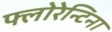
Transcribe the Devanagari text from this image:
फ्लोरेन्टिना